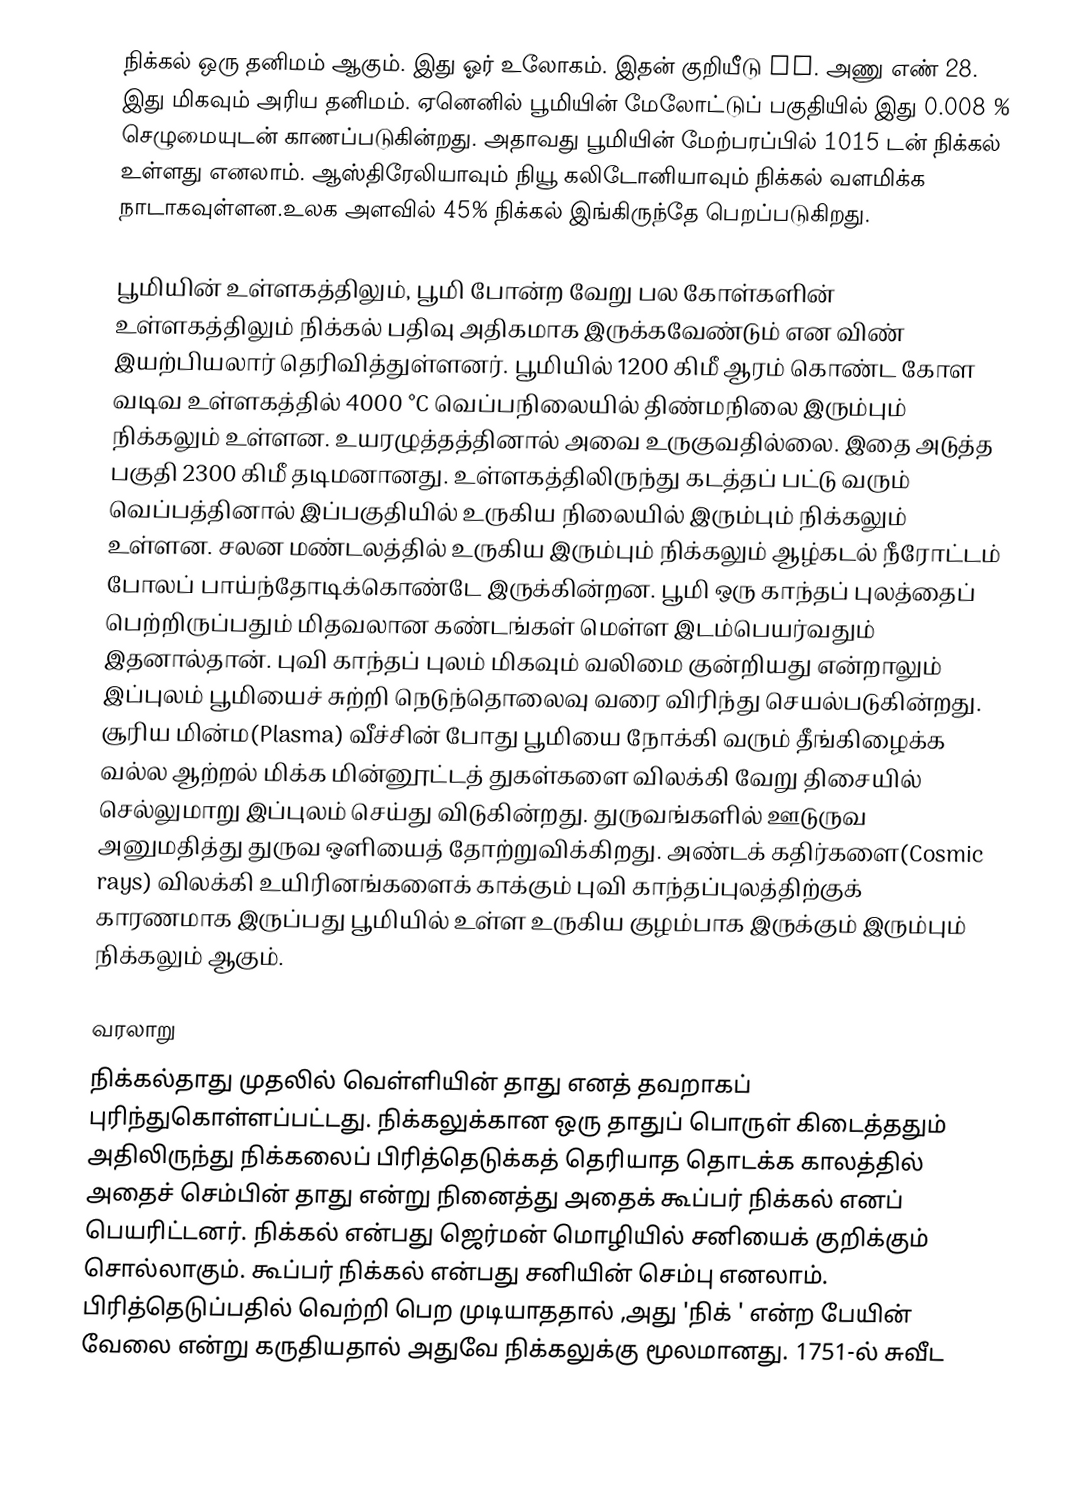
நிக்கல் ஒரு தனிமம் ஆகும். இது ஓர் உலோகம். இதன் குறியீடு Ni. அணு எண் 28. இது மிகவும் அரிய தனிமம். ஏனெனில் பூமியின் மேலோட்டுப் பகுதியில் இது 0.008 % செழுமையுடன் காணப்படுகின்றது. அதாவது பூமியின் மேற்பரப்பில் 1015 டன் நிக்கல் உள்ளது எனலாம். ஆஸ்திரேலியாவும் நியூ கலிடோனியாவும் நிக்கல் வளமிக்க நாடாகவுள்ளன.உலக அளவில் 45% நிக்கல் இங்கிருந்தே பெறப்படுகிறது.

பூமியின் உள்ளகத்திலும், பூமி போன்ற வேறு பல கோள்களின் உள்ளகத்திலும் நிக்கல் பதிவு அதிகமாக இருக்கவேண்டும் என விண் இயற்பியலார் தெரிவித்துள்ளனர். பூமியில் 1200 கிமீ ஆரம் கொண்ட கோள வடிவ உள்ளகத்தில் 4000 °C வெப்பநிலையில் திண்மநிலை இரும்பும் நிக்கலும் உள்ளன. உயரழுத்தத்தினால் அவை உருகுவதில்லை. இதை அடுத்த பகுதி 2300 கிமீ தடிமனானது. உள்ளகத்திலிருந்து கடத்தப் பட்டு வரும் வெப்பத்தினால் இப்பகுதியில் உருகிய நிலையில் இரும்பும் நிக்கலும் உள்ளன. சலன மண்டலத்தில் உருகிய இரும்பும் நிக்கலும் ஆழ்கடல் நீரோட்டம் போலப் பாய்ந்தோடிக்கொண்டே இருக்கின்றன. பூமி ஒரு காந்தப் புலத்தைப் பெற்றிருப்பதும் மிதவலான கண்டங்கள் மெள்ள இடம்பெயர்வதும் இதனால்தான். புவி காந்தப் புலம் மிகவும் வலிமை குன்றியது என்றாலும் இப்புலம் பூமியைச் சுற்றி நெடுந்தொலைவு வரை விரிந்து செயல்படுகின்றது. சூரிய மின்ம(Plasma) வீச்சின் போது பூமியை நோக்கி வரும் தீங்கிழைக்க வல்ல ஆற்றல் மிக்க மின்னூட்டத் துகள்களை விலக்கி வேறு திசையில் செல்லுமாறு இப்புலம் செய்து விடுகின்றது. துருவங்களில் ஊடுருவ அனுமதித்து துருவ ஒளியைத் தோற்றுவிக்கிறது. அண்டக் கதிர்களை(Cosmic rays) விலக்கி உயிரினங்களைக் காக்கும் புவி காந்தப்புலத்திற்குக் காரணமாக இருப்பது பூமியில் உள்ள உருகிய குழம்பாக இருக்கும் இரும்பும் நிக்கலும் ஆகும்.

வரலாறு
நிக்கல்தாது முதலில் வெள்ளியின் தாது எனத் தவறாகப் புரிந்துகொள்ளப்பட்டது. நிக்கலுக்கான ஒரு தாதுப் பொருள் கிடைத்ததும் அதிலிருந்து நிக்கலைப் பிரித்தெடுக்கத் தெரியாத தொடக்க காலத்தில் அதைச் செம்பின் தாது என்று நினைத்து அதைக் கூப்பர் நிக்கல் எனப் பெயரிட்டனர். நிக்கல் என்பது ஜெர்மன் மொழியில் சனியைக் குறிக்கும் சொல்லாகும். கூப்பர் நிக்கல் என்பது சனியின் செம்பு எனலாம். பிரித்தெடுப்பதில் வெற்றி பெற முடியாததால் ,அது 'நிக் ' என்ற பேயின் வேலை என்று கருதியதால் அதுவே நிக்கலுக்கு மூலமானது. 1751-ல் சுவீட